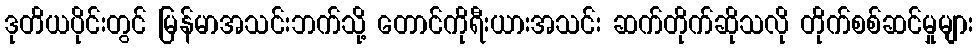
ဒုတိယပိုင်းတွင် မြန်မာအသင်းဘက်သို့ တောင်ကိုရီးယားအသင်း ဆက်တိုက်ဆိုသလို တိုက်စစ်ဆင်မှုများ